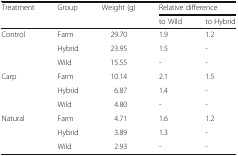
| <ROWSPAN=2> Treatment | <ROWSPAN=2> Group | <ROWSPAN=2> Weight (g) | <COLSPAN=2> Relative difference |
 | to Wild | to Hybrid |
 | --- | --- | --- | --- | --- |
 | Control | Farm | 29.70 | 1.9 | 1.2 |
 |  | Hybrid | 23.95 | 1.5 | - |
 |  | Wild | 15.55 | - | - |
 | Carp | Farm | 10.14 | 2.1 | 1.5 |
 |  | Hybrid | 6.87 | 1.4 | - |
 |  | Wild | 4.80 | - | - |
 | Natural | Farm | 4.71 | 1.6 | 1.2 |
 |  | Hybrid | 3.89 | 1.3 | - |
 |  | Wild | 2.93 | - | - |